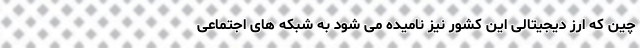
چین که ارز دیجیتالی این کشور نیز نامیده می شود به شبکه های اجتماعی